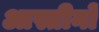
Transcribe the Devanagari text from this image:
आस्तीनों